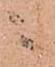
ニ